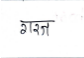
मजकूर: गरज